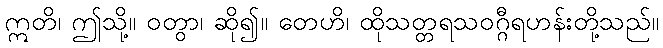
ဣတိ၊ ဤသို့။ ဝတွာ၊ ဆို၍။ တေဟိ၊ ထိုသတ္တရသဝဂ္ဂီရဟန်းတို့သည်။